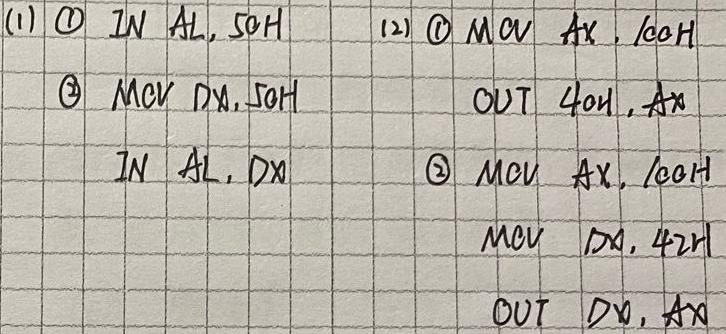
(1) \textcircled{1} IN AL, 50H
    \textcircled{2} MOV DX, 50H
       IN AL, DX
(2) \textcircled{1} MOV AX, 0C0H
       OUT 40H, AX
    \textcircled{2} MOV AX, 0C0H
       MOV DX, 42H
       OUT DX, AX